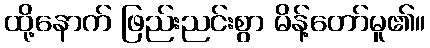
ထို့နောက် ဖြည်းညင်းစွာ မိန့်တော်မူ၏။